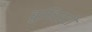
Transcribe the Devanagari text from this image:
बुध्दिस्टो